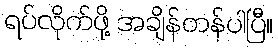
ရပ်လိုက်ဖို့ အချိန်တန်ပါပြီ။